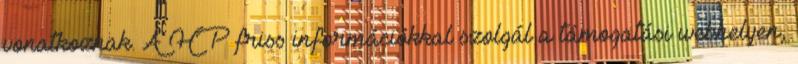
vonatkoznak. A HP friss információkkal szolgál a támogatási webhelyen,